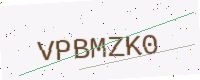
Text: VPBMZK0